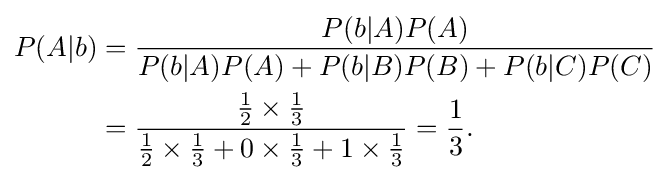
{\begin{aligned}P(A|b)&={\frac {P(b|A)P(A)}{P(b|A)P(A)+P(b|B)P(B)+P(b|C)P(C)}}\\&={\frac {{\tfrac {1}{2}}\times {\tfrac {1}{3}}}{{\tfrac {1}{2}}\times {\tfrac {1}{3}}+0\times {\tfrac {1}{3}}+1\times {\tfrac {1}{3}}}}={\frac {1}{3}}.\end{aligned}}